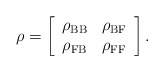
\begin{align*}\rho=\left[\begin{array}{cc} \rho_{\rm BB} & \rho_{\rm BF} \\ \rho_{\rm FB} & \rho_{\rm FF} \end{array}\right].\end{align*}